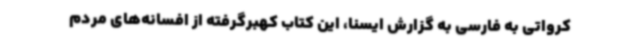
کرواتی به فارسی به گزارش ایسنا، این کتاب کهبرگرفته از افسانه‌های مردم